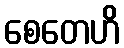
စေတေဟိ